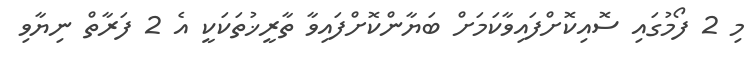
މި 2 ފޯމުގައި ސޮއިކޮށްފައިވާކަމަށް ބަޔާންކޮށްފައިވާ ތާރީޚުތަކަކީ އެ 2 ފަރާތް ނިޔާވި